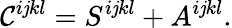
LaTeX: \mathcal{C}^{i\mathit{j}kl}=S^{i\mathit{j}kl}+A^{i\mathit{j}kl}.